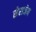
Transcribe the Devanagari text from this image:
सेराजेय